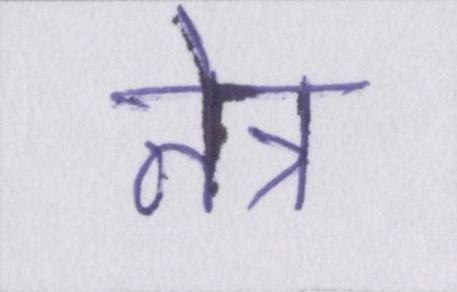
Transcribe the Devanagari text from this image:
नेत्र